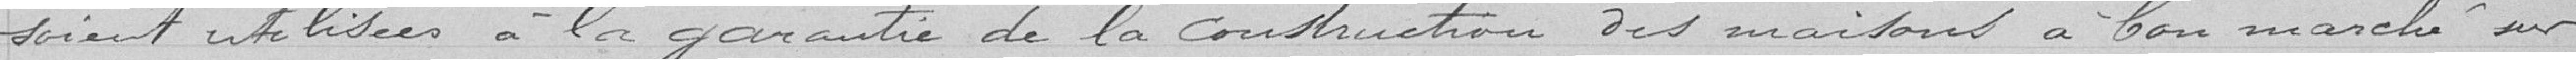
soient utilisées à la garantie de la construction des maisons à bon marché sur